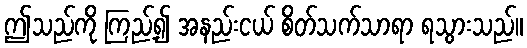
ဤသည်ကို ကြည့်၍ အနည်းငယ် စိတ်သက်သာရာ ရသွားသည်။